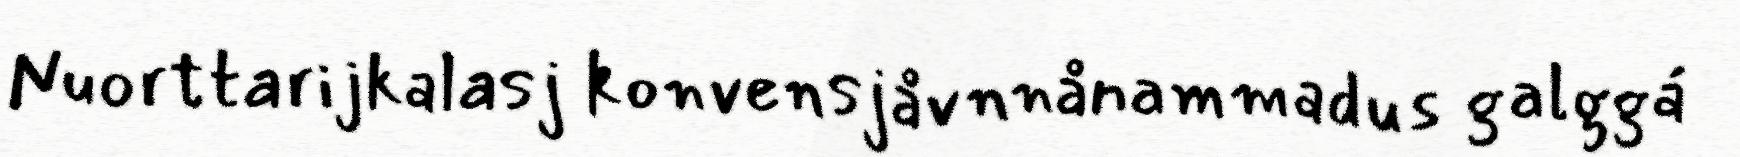
Nuorttarijkalasj konvensjåvnnånammadus galggá